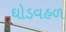
ઘોડવહળ